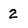
Character: 2